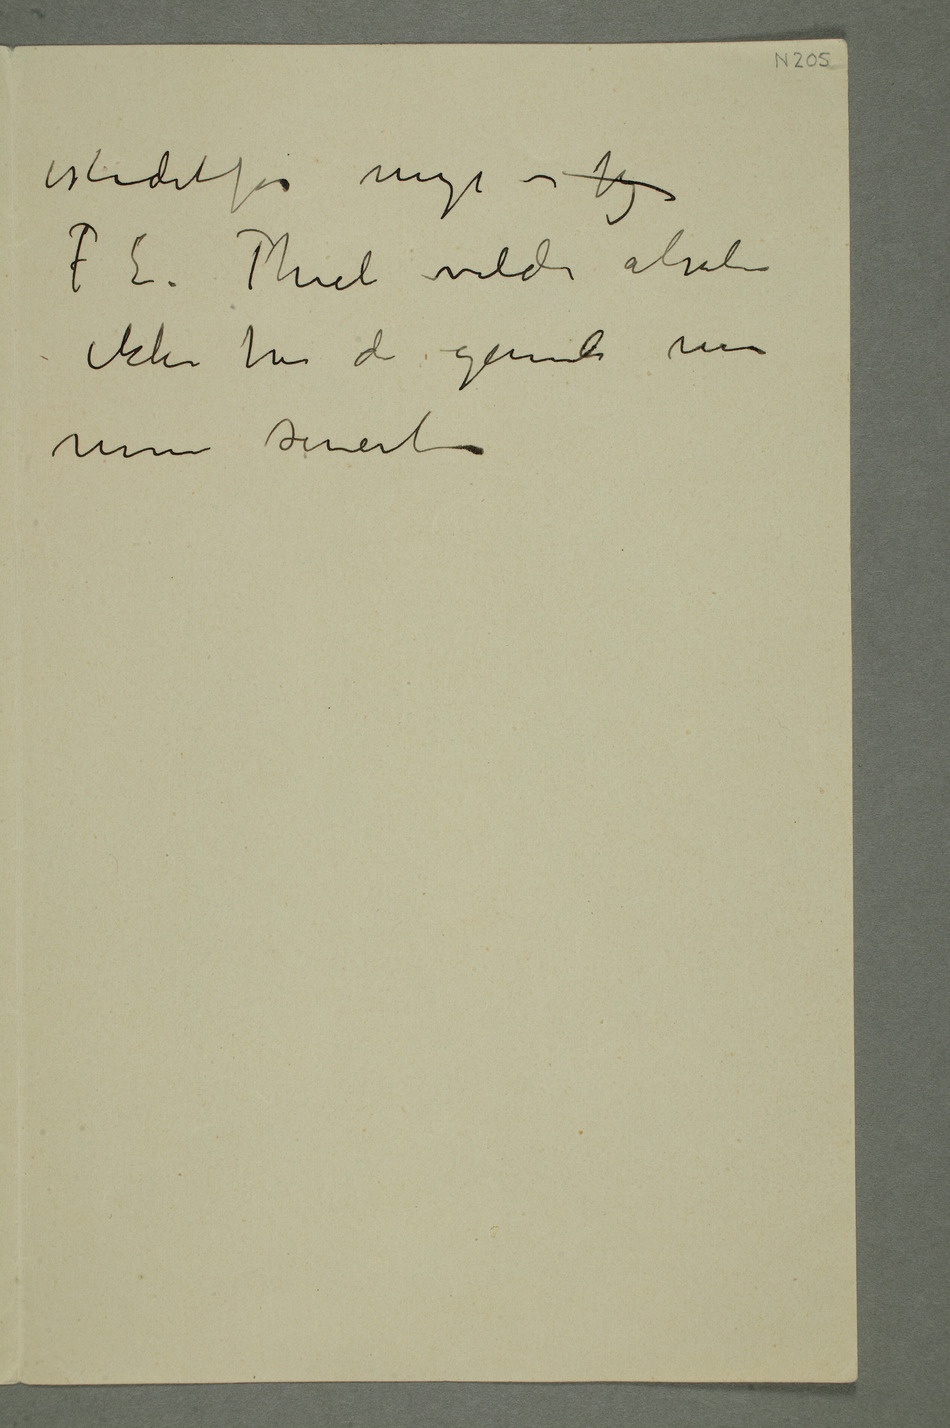
T E. Thiel vilde absolu
ikke ha de gamle men